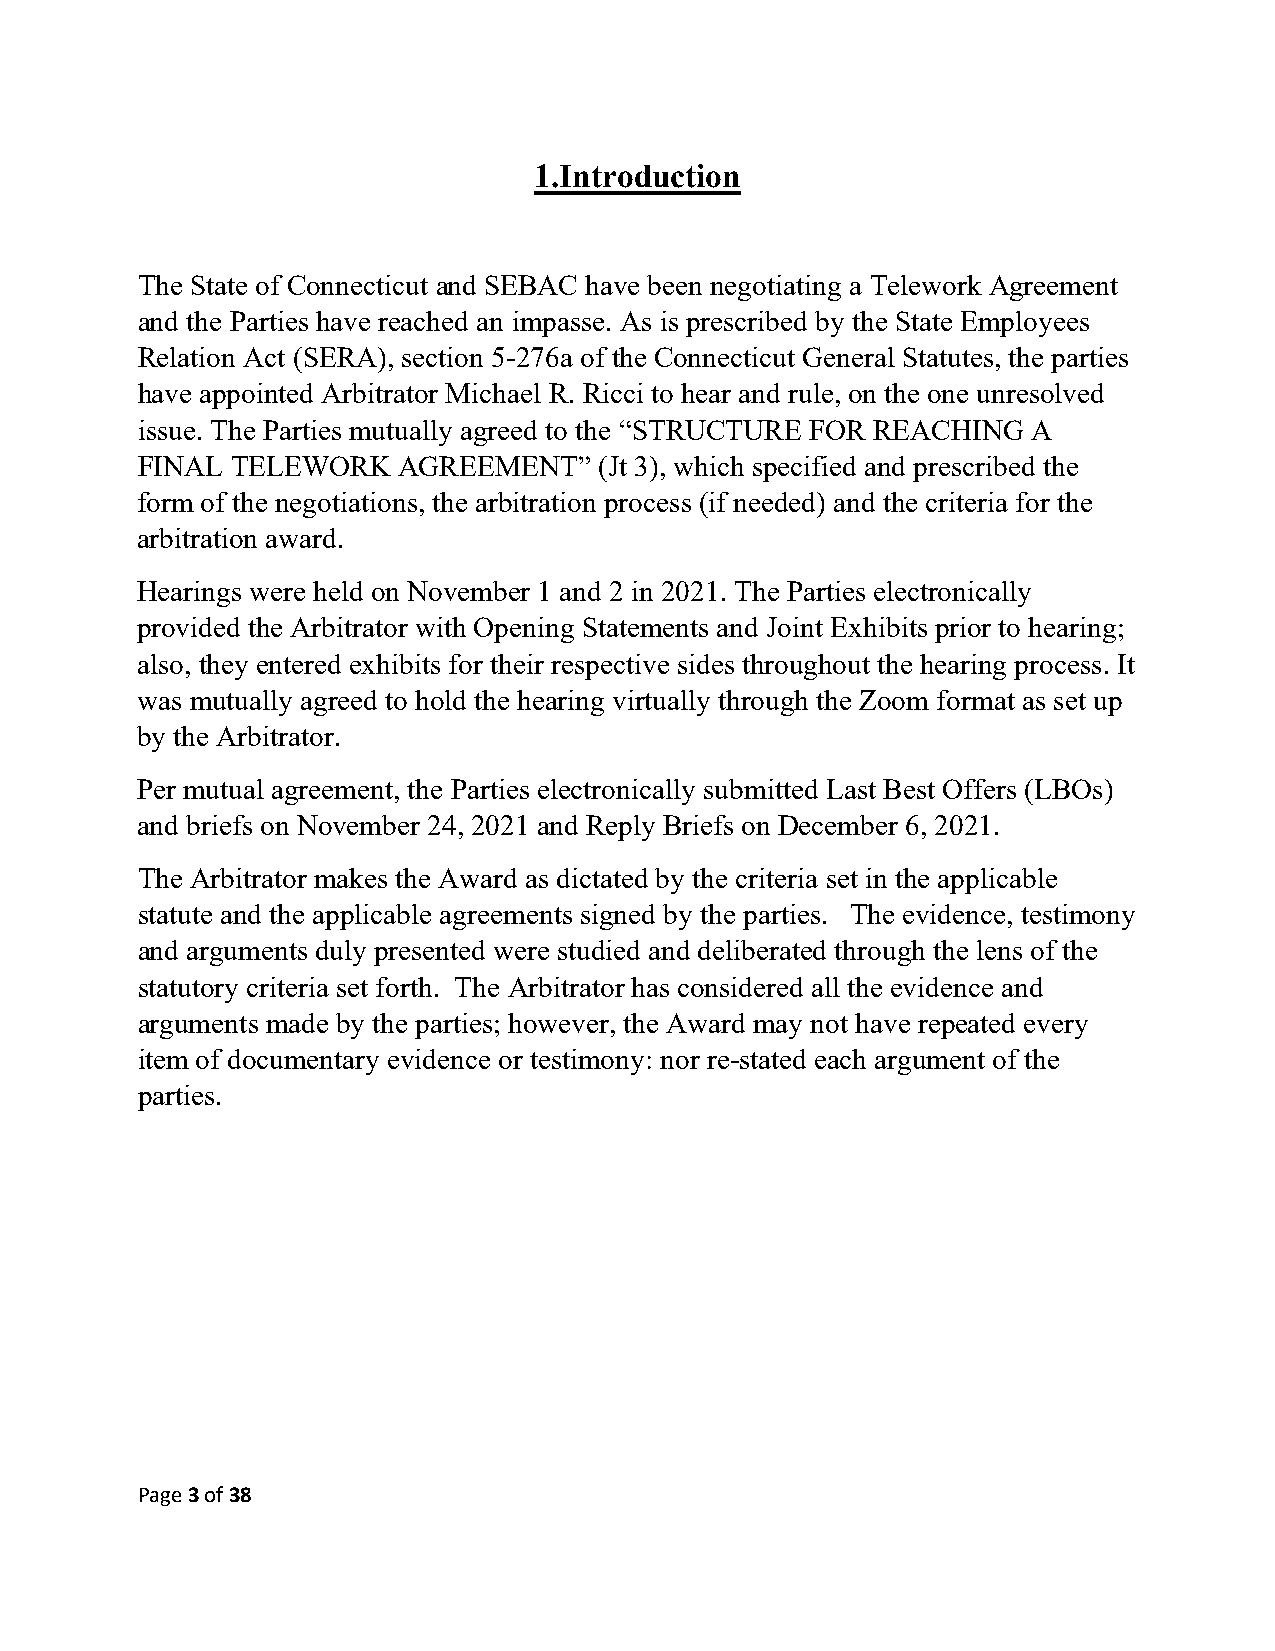
1.Introduction
 The State of Connecticut and SEBAC have been negotiating a Telework Agreement
 and the Parties have reached an impasse. As is prescribed by the State Employees
 Relation Act (SERA), section 5-276a of the Connecticut General Statutes, the parties
 have appointed Arbitrator Michael R. Ricci to hear and rule, on the one unresolved
 issue. The Parties mutually agreed to the “STRUCTURE FOR REACHING A
 FINAL TELEWORK   AGREEMENT”    (Jt 3), which specified and prescribed the
 form of the negotiations, the arbitration process (if needed) and the criteria for the
 arbitration award.
 Hearings were held on November 1 and 2 in 2021. The Parties electronically
 provided the Arbitrator with Opening Statements and Joint Exhibits prior to hearing;
 also, they entered exhibits for their respective sides throughout the hearing process. It
 was mutually agreed to hold the hearing virtually through the Zoom format as set up
 by the Arbitrator.
 Per mutual agreement, the Parties electronically submitted Last Best Offers (LBOs)
 and briefs on November 24, 2021 and Reply Briefs on December 6, 2021.
 The Arbitrator makes the Award as dictated by the criteria set in the applicable
 statute and the applicable agreements signed by the parties. The evidence, testimony
 and arguments duly presented were studied and deliberated through the lens of the
 statutory criteria set forth. The Arbitrator has considered all the evidence and
 arguments made by the parties; however, the Award may not have repeated every
 item of documentary evidence or testimony: nor re-stated each argument of the
 parties.
 Page 3 of 38